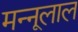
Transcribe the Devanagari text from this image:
मन्नूलाल